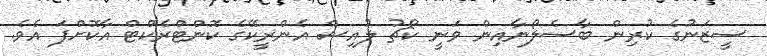
ސީޒަނުގެ ކުރިން ބާސެލޯނާއިން ވަނީ ކޯޗު ލުއިސް އެންރީކޭގެ ކޮންޓްރެކްޓް އާކޮށްފަ އެވެ.